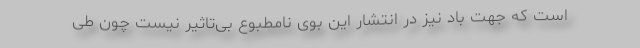
است که جهت باد نیز در انتشار این بوی نامطبوع بی‌تاثیر نیست چون طی